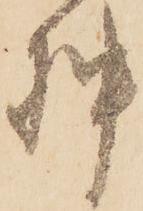
押